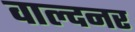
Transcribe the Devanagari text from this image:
वाल्दनर